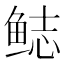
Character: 鿵